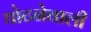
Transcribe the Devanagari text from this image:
घोटनेवाली